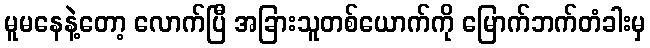
မူမနေနဲ့တော့ လောက်ပြီ အခြားသူတစ်ယောက်ကို မြောက်ဘက်တံခါးမှ